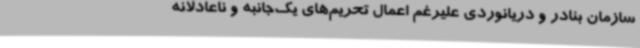
سازمان بنادر و دریانوردی علیرغم اعمال تحریم‌های یک‌جانبه و ناعادلانه